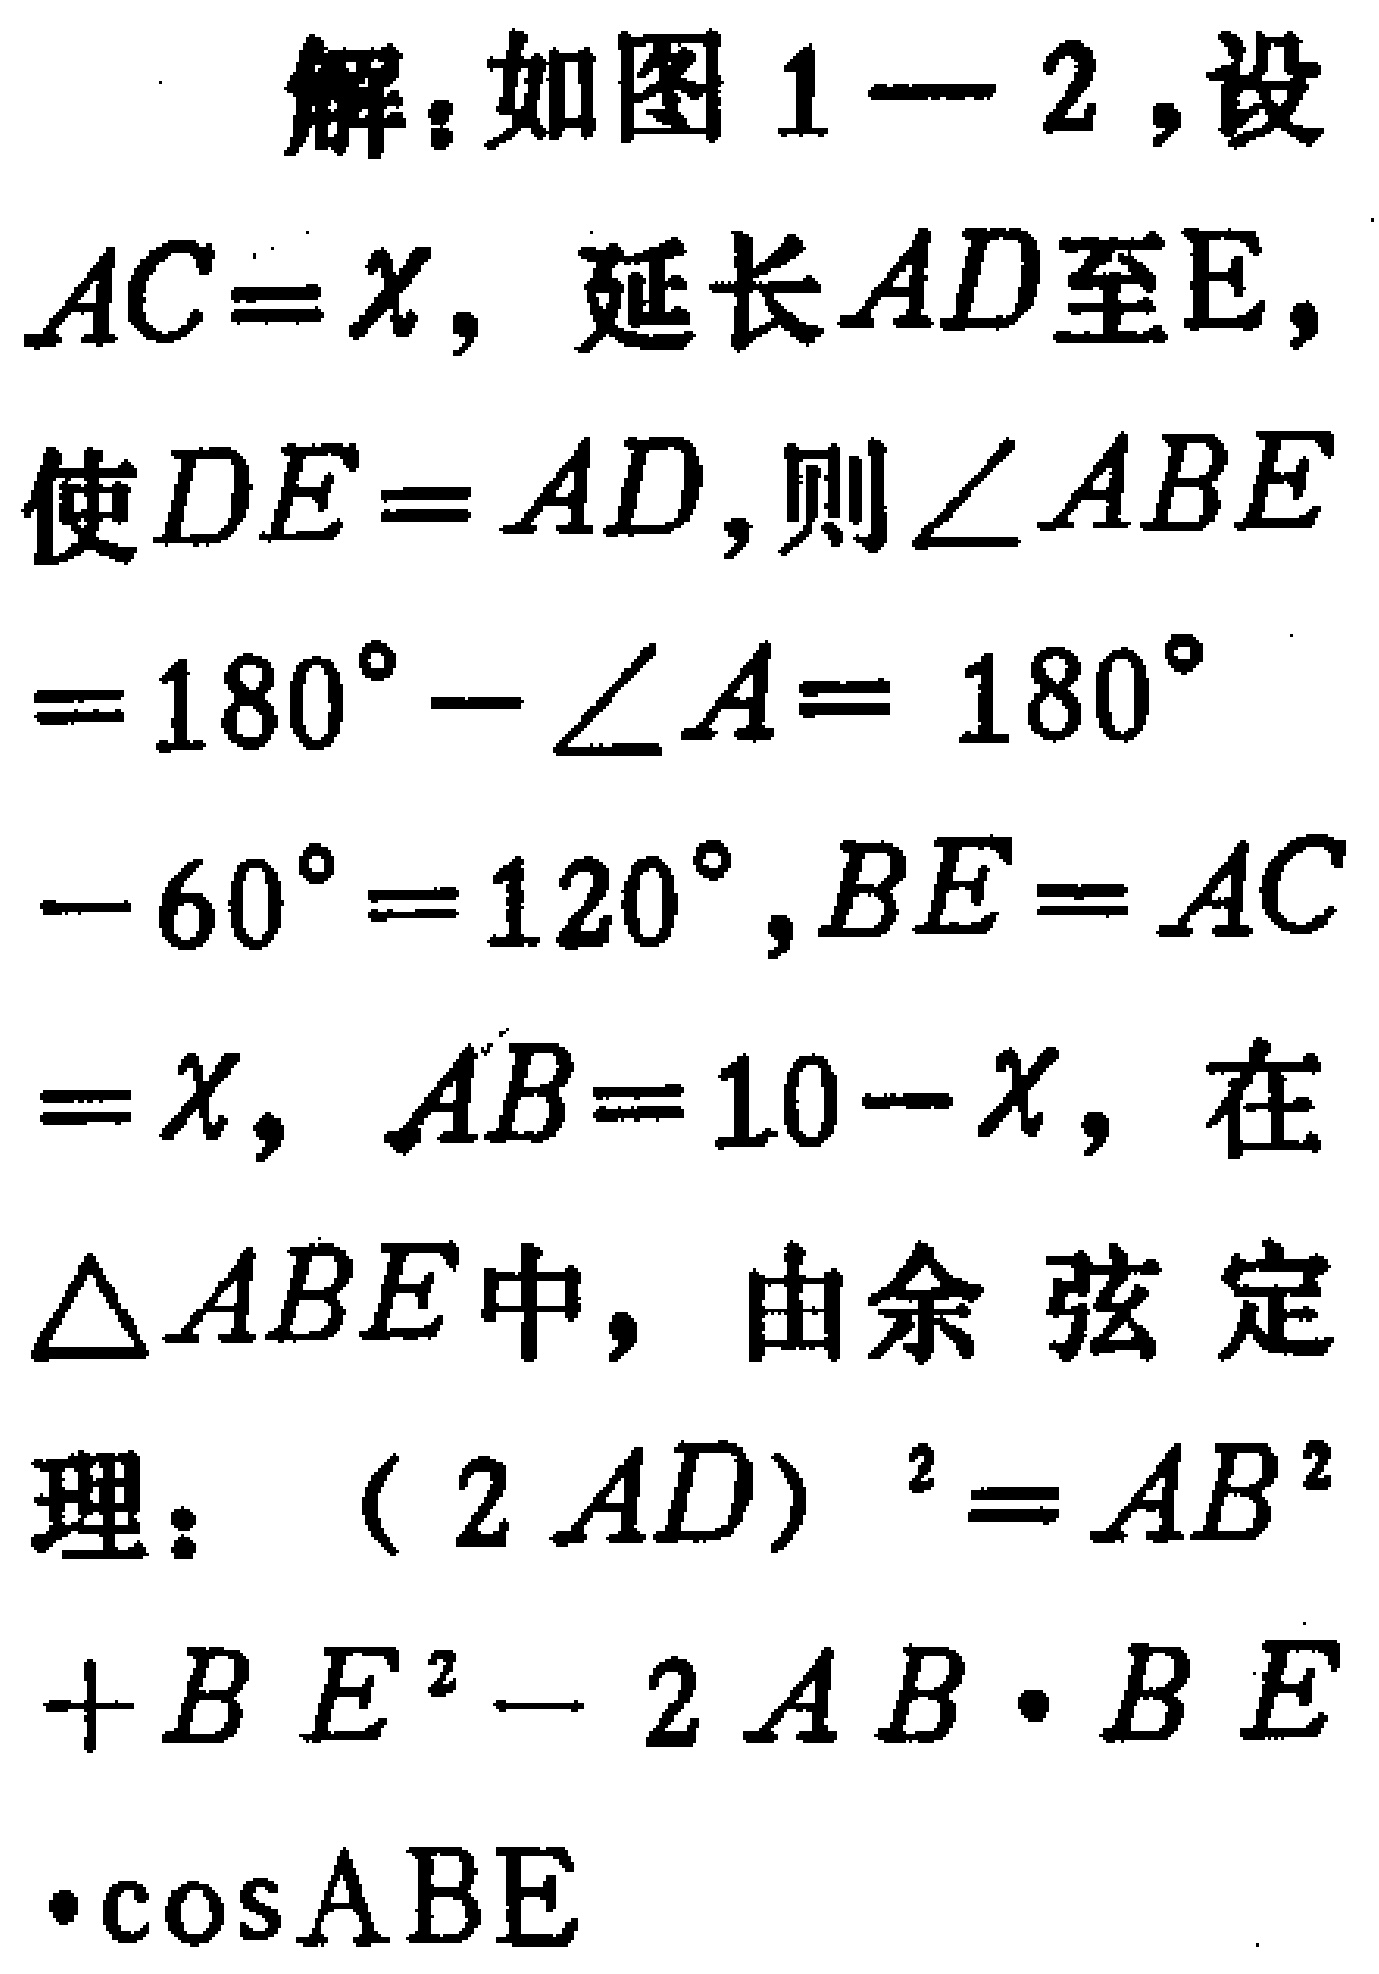
解：如图1—2，设

\(AC = x\)，延长\(AD\)至\(E\)，

使\(DE = AD\)，则\(\angle ABE\)

\(= 180^{\circ}-\angle A = 180^{\circ}\)

\(- 60^{\circ}= 120^{\circ}\)，\(BE = AC\)

\(= x\)，\(AB = 10 - x\)，在

\(\triangle ABE\)中，由余弦定

理：\((2AD)^{2}=AB^{2}\)

\(+BE^{2}-2AB\cdot BE\)

\(\cdot\cos ABE\)